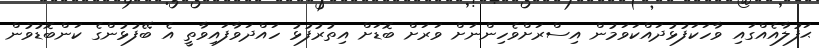
ޙަފުލާއެއްގައި ވާހަކަފުޅުދައްކަވަމުން އިސްރަށްވެހިންނަށް ވަރަށް ބޮޑަށް އިތުރުފުޅު ހައްދަވާފައިވާތީ އެ ބޭފުޅުންގެ ކަންބޮޑުވުން